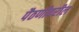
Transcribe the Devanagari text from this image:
पैठणीवरील